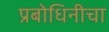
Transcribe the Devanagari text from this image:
प्रबोधिनीचा